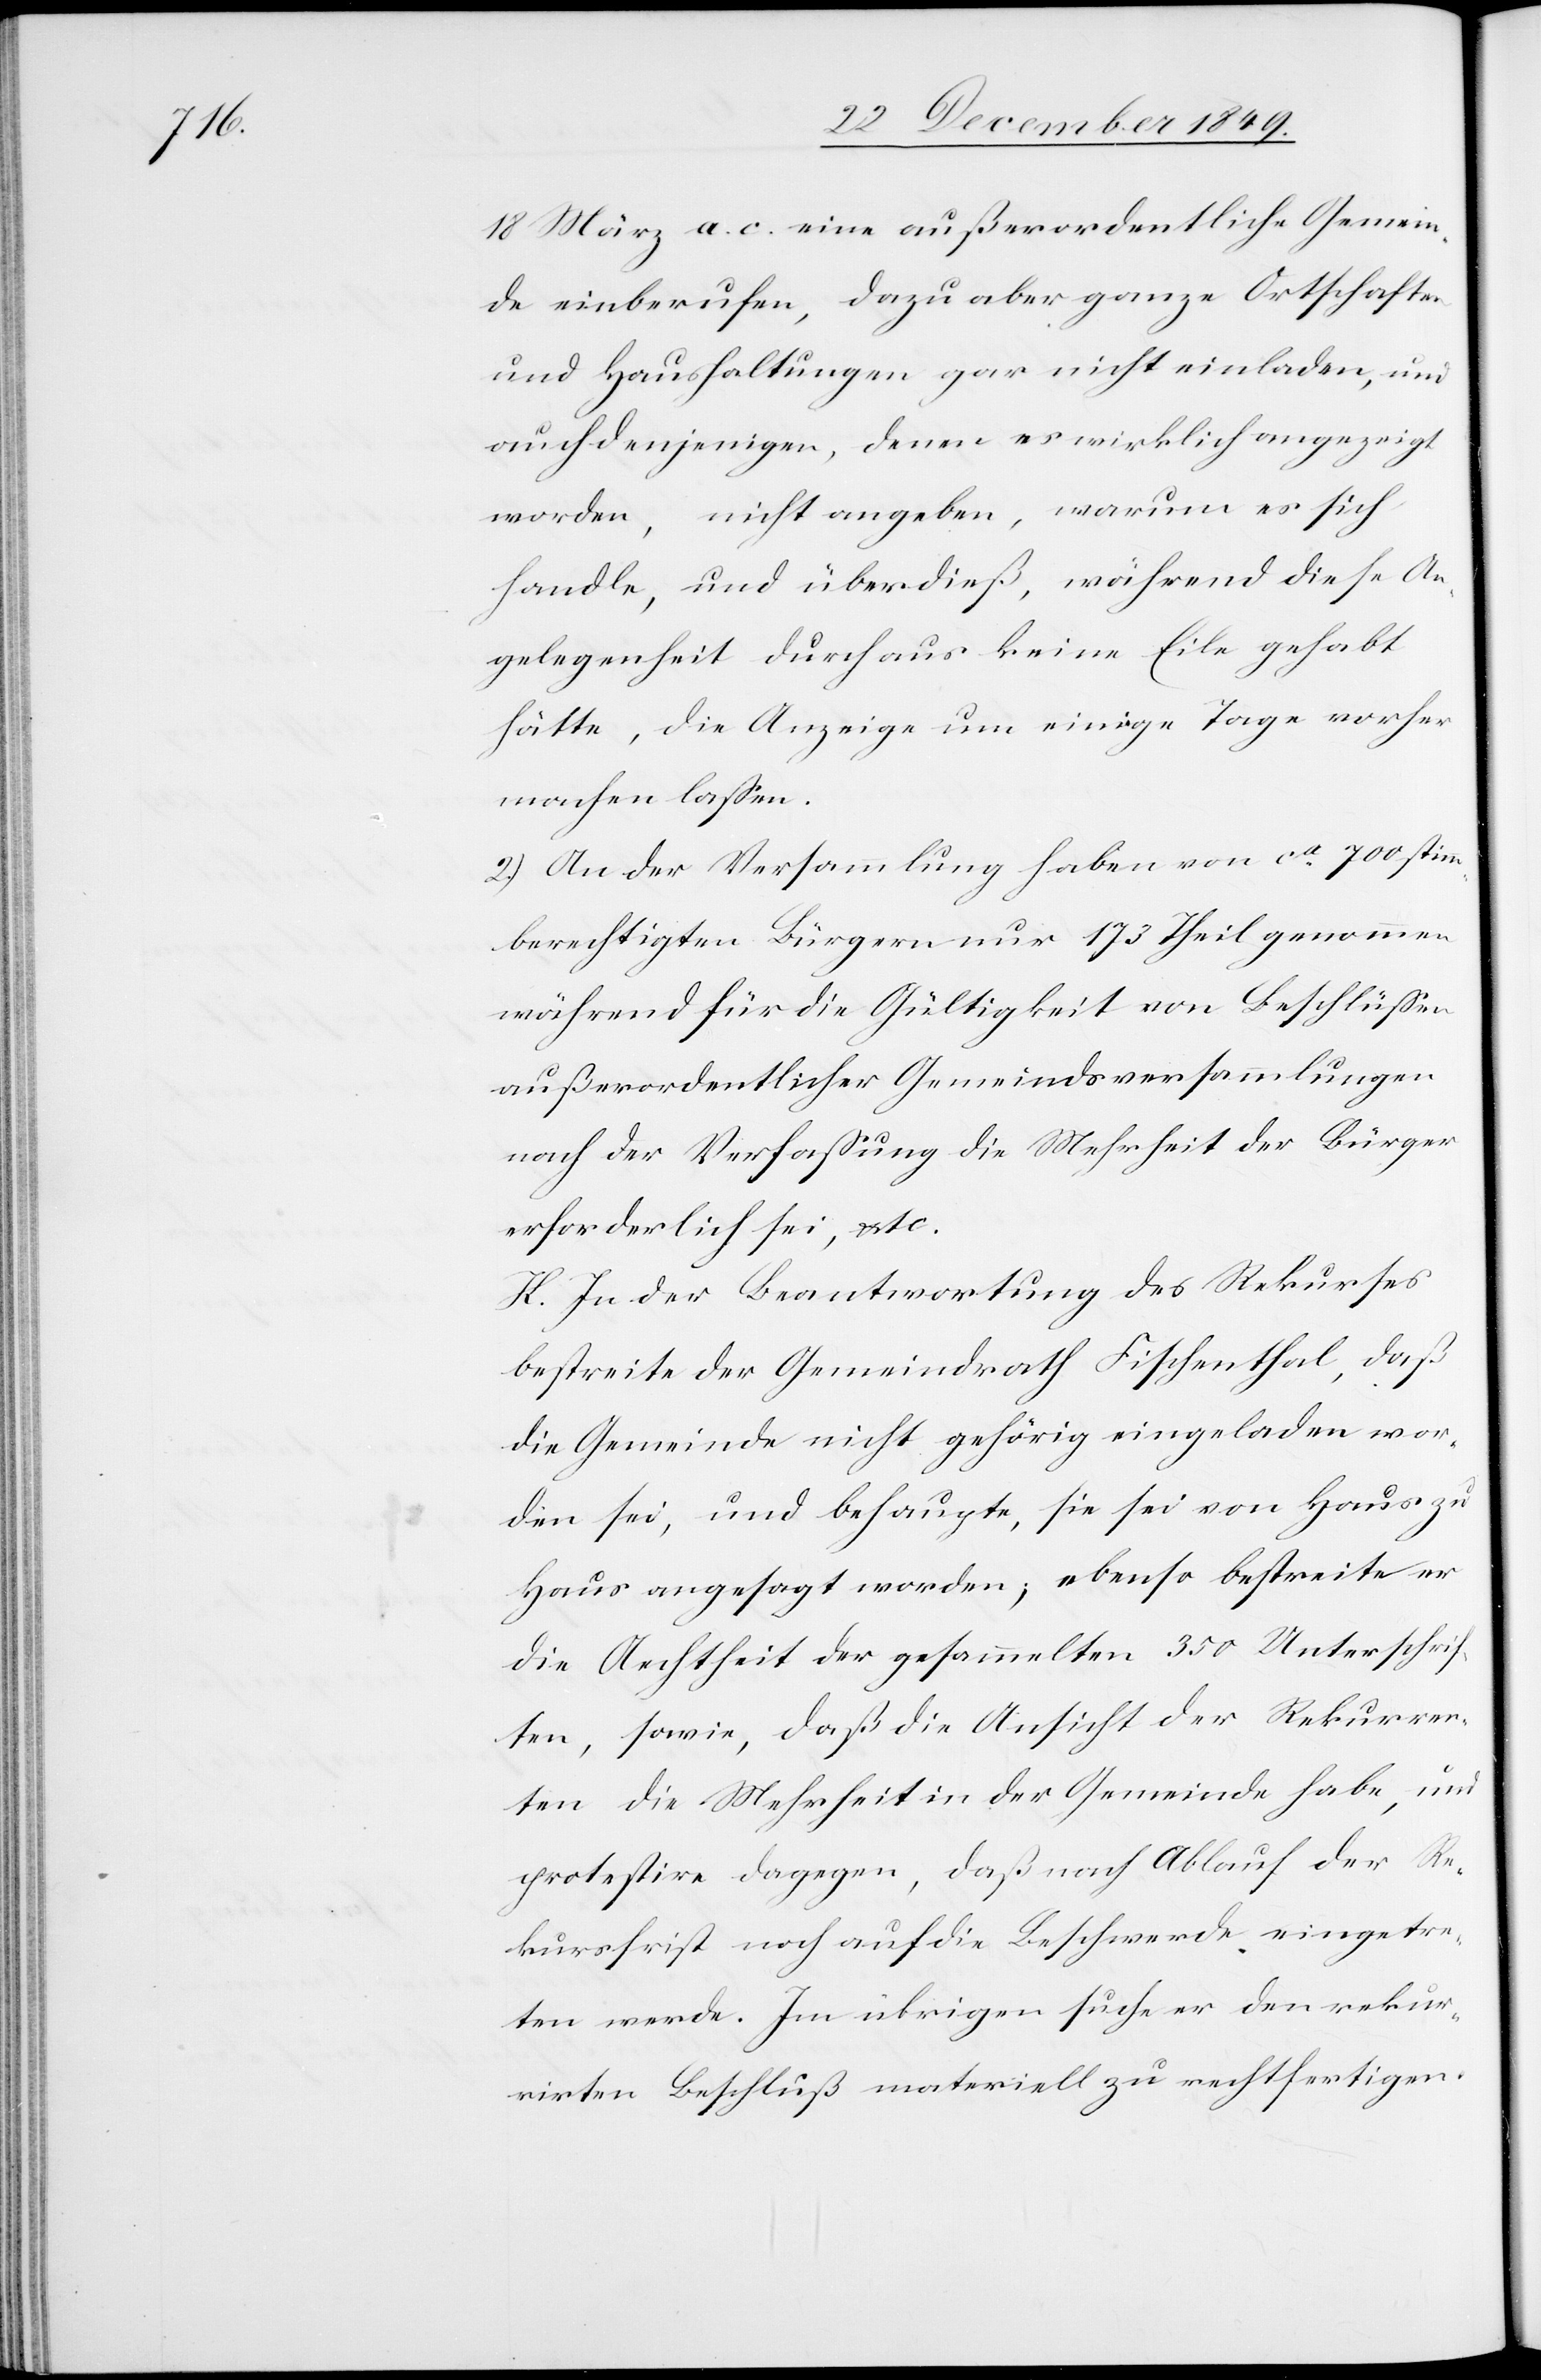
18 März a. c. eine außerordentliche Gemein¬
de einberufen, dazu aber ganze Ortschaften
und Haushaltungen gar nicht einladen, und
auch denjenigen, denen es wirklich angezeigt
worden, nicht angeben, warum es sich
handle, und überdieß, während diese An¬
gelegenheit durch aus keine Eile gehabt
hätte, die Anzeige um einige Tage vorher
machen laßen.
2.) An der Versammlung haben von ca 700 stimm¬
berechtigten Bürgern nur 173 Theil genommen
während für die Gültigkeit von Beschlüßen
außerordentlicher Gemeindsversammlungen
nach der Verfaßung die Mehrheit der Bürger
erforderlich sei, etc.
K. In der Beantwortung des Rekurses
bestreite der Gemeindrath Fischenthal, daß
die Gemeinde nicht gehörig eingeladen wor¬
den sei, und behaupte, sie sei von Haus zu
Haus angesagt worden; ebenso bestreite er
die Aechtheit der gesammelten 350 Unterschrif¬
ten, sowie, daß die Ansicht der Rekurren¬
ten die Mehrheit in der Gemeinde habe, und
protestire dagegen, daß nach Ablauf der Re¬
kursfrist noch auf die Beschwerde eingetre¬
ten werde. Im übrigen suche er den rekur¬
rirten Beschluß materiell zu rechtfertigen.